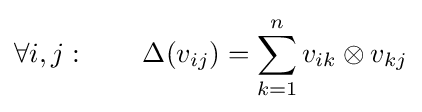
\forall i,j:\qquad \Delta (v_{ij})=\sum _{k=1}^{n}v_{ik}\otimes v_{kj}